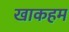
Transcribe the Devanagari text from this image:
खाकहम